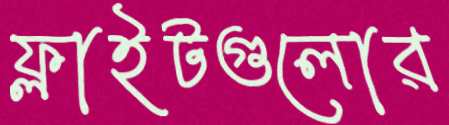
ফ্লাইটগুলোর